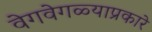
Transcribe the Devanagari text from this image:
वेगवेगळ्याप्रकारे